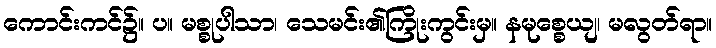
ကောင်းကင်၌။ ပ။ မစ္စုပါသာ၊ သေမင်း၏ကြိုးကွင်းမှ။ နမုစ္စေယျ၊ မလွတ်ရာ။